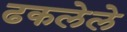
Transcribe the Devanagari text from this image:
ढकलेले